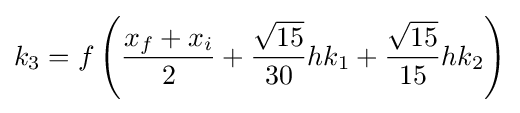
k_{3}=f\left({\frac {x_{f}+x_{i}}{2}}+{\frac {\sqrt {15}}{30}}hk_{1}+{\frac {\sqrt {15}}{15}}hk_{2}\right)